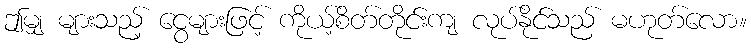
ဤမျှ များသည့် ငွေများဖြင့် ကိုယ့်စိတ်တိုင်းကျ လုပ်နိုင်သည် မဟုတ်လော။